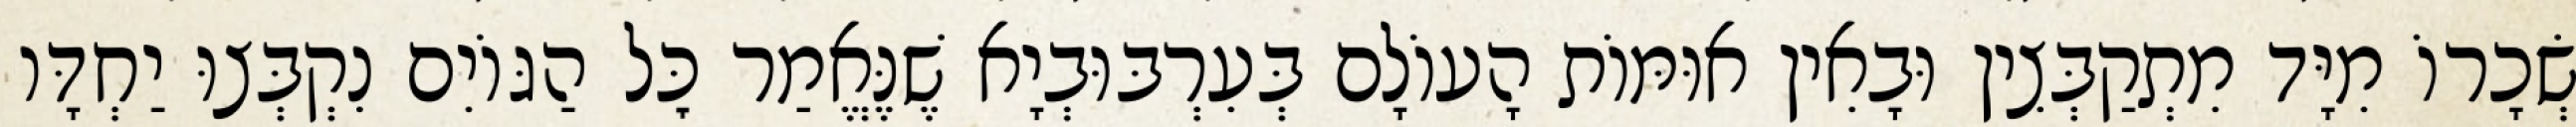
שְׂכָרוֹ מִיָּד מִתְקַבְּצִין וּבָאִין אוּמּוֹת הָעוֹלָם בְּעִרְבּוּבְיָא שֶׁנֶּאֱמַר כׇּל הַגּוֹיִם נִקְבְּצוּ יַחְדָּו